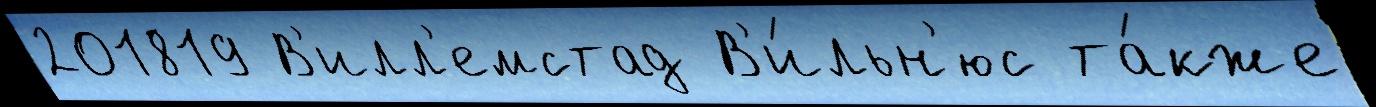
201819 В'илл'емстад В'и́льн'юс та́кже